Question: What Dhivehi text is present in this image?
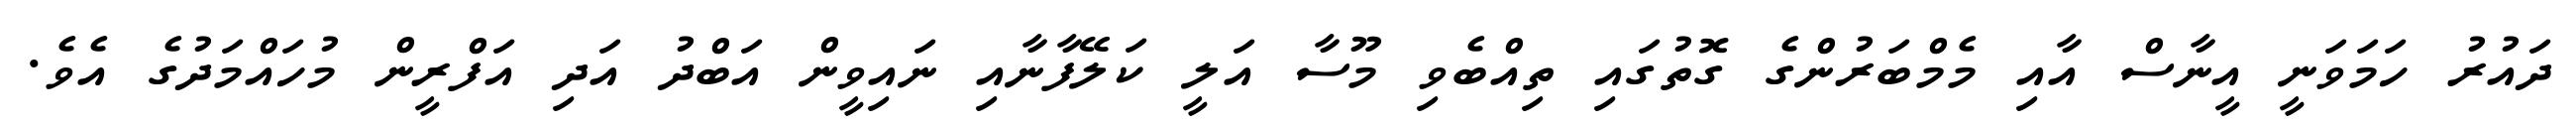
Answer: ދައުރު ހަމަވަނީ އީނާސް އާއި މެމްބަރުންގެ ގޮތުގައި ތިއްބެވި މޫސާ އަލީ ކަލޭފާނާއި ނައިވީން އަބްދު އަދި އަފްރީން މުހައްމަދުގެ އެވެ.